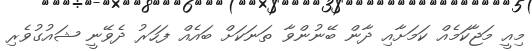
މިއީ މަޖާކަމެއް ކަމަށާއި ދާން ބޭނުންވާ ތަނަކަށް ބައެއް ފަހަރު ދެވޭނީ ޝައުގުވެރި